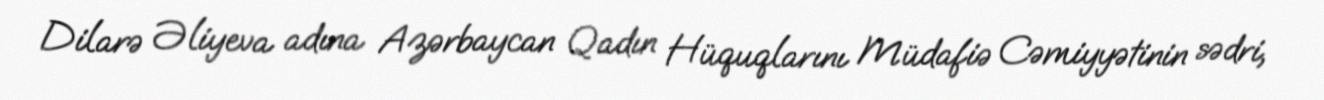
Dilarə Əliyeva adına Azərbaycan Qadın Hüquqlarını Müdafiə Cəmiyyətinin sədri,